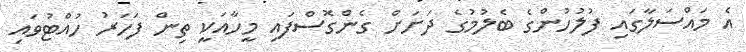
އެ މައްސަލާގައި ފުލުހުންގެ ބެލުމުގެ ދަށަށް ގެންގޮސްފައި މީހާއަކީ ތިން ފަހަރު ހުއްޓުވައި